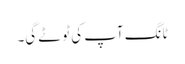
ٹانگ آپ کی ٹوٹے گی۔